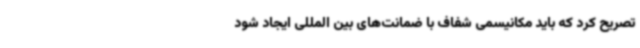
تصریح کرد که باید مکانیسمی شفاف با ضمانت‌های بین المللی ایجاد شود